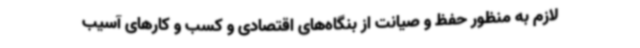
لازم به منظور حفظ و صیانت از بنگاه‌های اقتصادی و کسب و کارهای آسیب